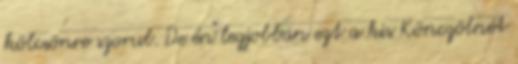
kölcsönre szorul. De én legjobban ezt a kis Könczölnét